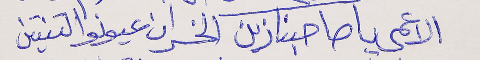
الاعمى يا صاحبنا زين      الخسران عيونو التنتين